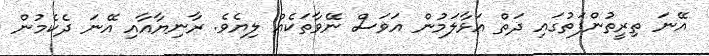
އޭނަ ތިރީތުންފަތުގައި ދަތް އަޅާލަމުން އަވަސް ނޭވާތަކެއް ލިޔެވެ. ރާނިޔާއާއި އޭނަ ދެކެމުން